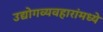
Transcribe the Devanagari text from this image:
उद्योगव्यवहारांमध्ये